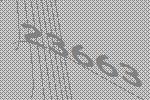
23663